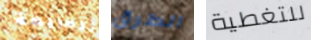
للجريمة الطرق للتغطية